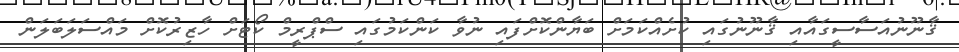
ޤާނޫނުއަސާސީގައާއި ޤާނޫނުގައި ކުށެއްކަމަށް ބަޔާންކޮށްފައި ނުވާ ކަންކަމުގައި ސްޕްރީމް ކޯޓަށް ހާޒިރުކޮށް މައްސަލަބަލަން